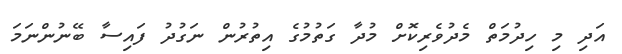
އަދި މި ހިދުމަތް މެދުވެރިކޮށް މުދާ ގަތުމުގެ އިތުރުން ނަގުދު ފައިސާ ބޭނުންނަމަ